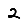
Digit: 2